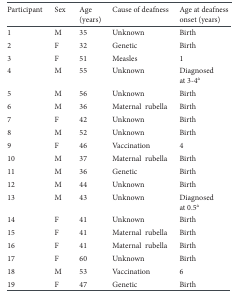
| Participant | Sex | Age (years) | Cause of deafness | Age at deafness onset (years) |
 | --- | --- | --- | --- | --- |
 | 1 | M | 35 | Unknown | Birth |
 | 2 | F | 32 | Genetic | Birth |
 | 3 | F | 51 | Measles | 1 |
 | 4 | M | 55 | Unknown | Diagnosed at 3-4a |
 | 5 | M | 56 | Unknown | Birth |
 | 6 | M | 36 | Maternal rubella | Birth |
 | 7 | F | 42 | Unknown | Birth |
 | 8 | M | 52 | Unknown | Birth |
 | 9 | F | 46 | Vaccination | 4 |
 | 10 | M | 37 | Maternal rubella | Birth |
 | 11 | M | 36 | Genetic | Birth |
 | 12 | M | 44 | Unknown | Birth |
 | 13 | M | 43 | Unknown | Diagnosed at 0,5a |
 | 14 | F | 41 | Unknown | Birth |
 | 15 | F | 41 | Maternal rubella | Birth |
 | 16 | F | 41 | Maternal rubella | Birth |
 | 17 | F | 60 | Unknown | Birth |
 | 18 | M | 53 | Vaccination | 6 |
 | 19 | F | 47 | Genetic | Birth |